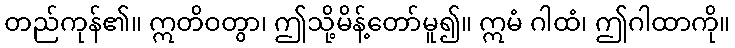
တည်ကုန်၏။ ဣတိဝတွာ၊ ဤသို့မိန့်တော်မူ၍။ ဣမံ ဂါထံ၊ ဤဂါထာကို။